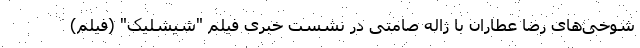
شوخی‌های رضا عطاران با ژاله صامتی در نشست خبری فیلم "شیشلیک" (فیلم)